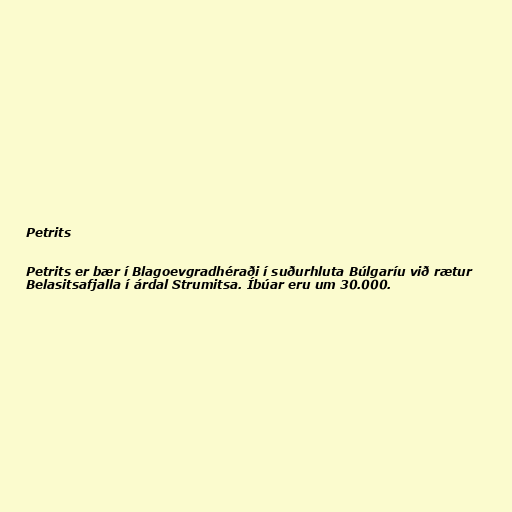
Petrits

Petrits er bær í Blagoevgradhéraði í suðurhluta Búlgaríu við rætur
Belasitsafjalla í árdal Strumitsa. Íbúar eru um 30.000.